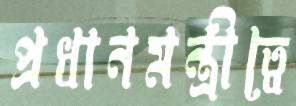
প্রধানমন্ত্রীত্বে